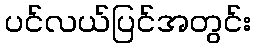
ပင်လယ်ပြင်အတွင်း